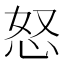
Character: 怒